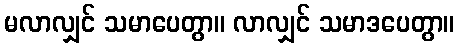
မလာလျှင် သမာပေတွာ။ လာလျှင် သမာဒပေတွာ။